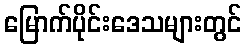
မြောက်ပိုင်းဒေသများတွင်